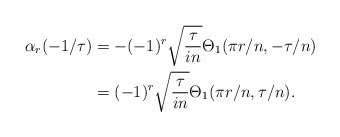
\begin{align*}\alpha_r(-1/\tau)&=-(-1)^{r}\sqrt{\frac{\tau}{in}}\Theta_1(\pi r/n,-\tau/n)\\&=(-1)^{r}\sqrt{\frac{\tau}{in}}\Theta_1(\pi r/n,\tau/n).\end{align*}